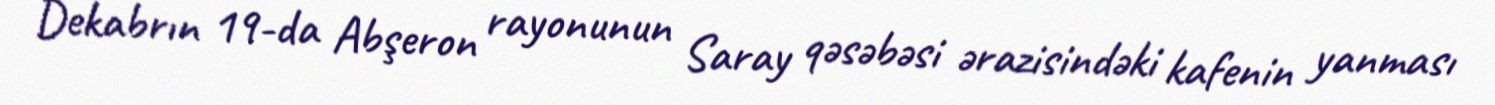
Dekabrın 19-da Abşeron rayonunun Saray qəsəbəsi ərazisindəki kafenin yanması